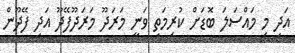
އަދި މި މައްސަލަ ބޮޑަށް ކުރިމަތި ވަނީ މަރަދޫ މަރަދޫފޭދޫ އަދި ފޭދޫން